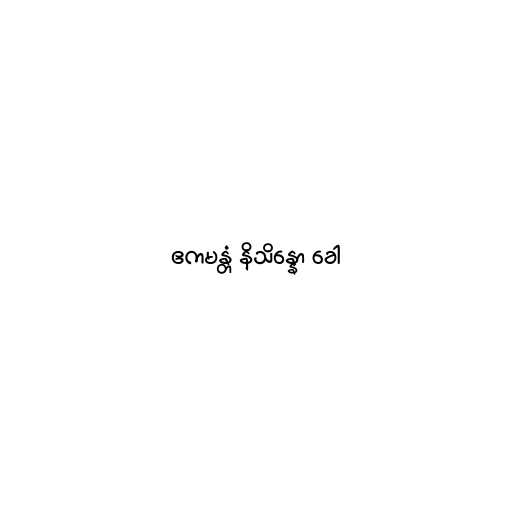
ဧကမန္တံ နိသိန္နော ခေါ